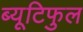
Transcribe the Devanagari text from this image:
ब्यूटिफुल